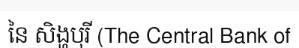
នៃ សិង្ហបុរី (The Central Bank of